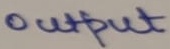
Text: output